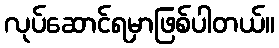
လုပ်ဆောင်ရမှာဖြစ်ပါတယ်။